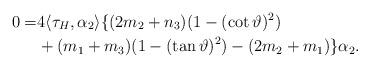
LaTeX: \begin{align*}0=&4\langle \tau_{H}, \alpha_{2}\rangle\{(2m_{2}+n_{3}) (1-(\cot \vartheta )^{2})\\ &+(m_{1}+m_{3}) (1-(\tan \vartheta )^{2}) -(2m_{2}+m_{1})\} \alpha_{2}.\end{align*}